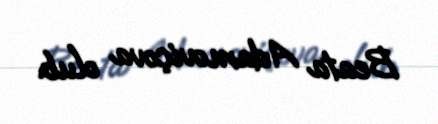
Beata Adamoviçova olub.